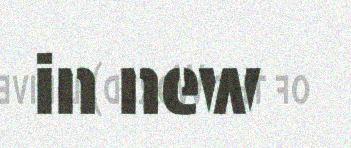
in new